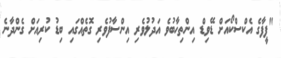
"ފީފާގެ އެކްސްކޯއަށް ޑޭވިޑް އިންތިހާބުވެ އަދުލުވެރި އިންސާފުވެރި ގޮތެއްގައި ބިޑު ކުރިއަށް ގެންދާނެ